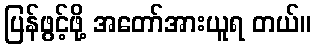
ပြန်ဖွင့်ဖို့ အတော်အားယူရ တယ်။